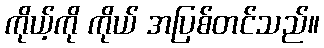
ကိုယ့်ကို ကိုယ် အပြစ်တင်သည်။